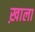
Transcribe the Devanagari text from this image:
ख़ाला